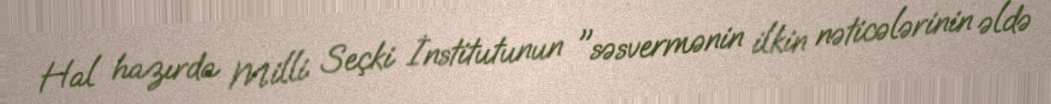
Hal hazırda Milli Seçki İnstitutunun "səsvermənin ilkin nəticələrinin əldə